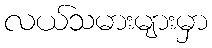
လယ်သမားများမှာ